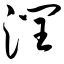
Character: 润